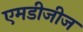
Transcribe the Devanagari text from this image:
एमडीजीज